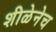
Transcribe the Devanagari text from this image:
शीळेनेच